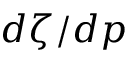
d \zeta / d p